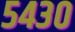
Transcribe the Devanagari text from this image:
५४३०